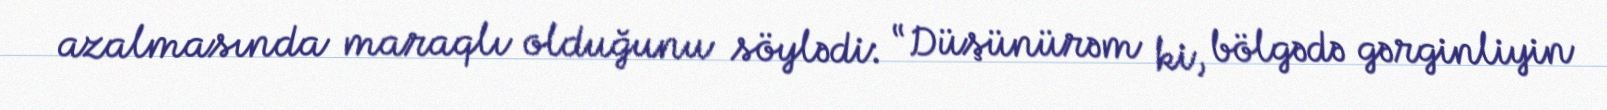
azalmasında maraqlı olduğunu söylədi: “Düşünürəm ki, bölgədə gərginliyin